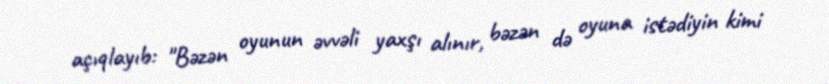
açıqlayıb: "Bəzən oyunun əvvəli yaxşı alınır, bəzən də oyuna istədiyin kimi